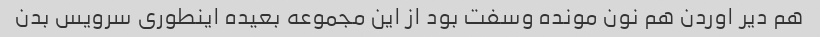
هم‌ دیر‌ اوردن هم نون مونده و‌سفت بود از این مجموعه بعیده اینطوری‌ سرویس بدن